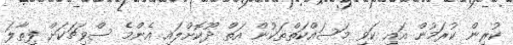
ކުރިން ކުރަމުން އައި ކަވި މަސައްކަތްތަކުން އަތް ދޫކޮށްލައި އެންމެ ސްވިޗަކަށް ފިތާލަ